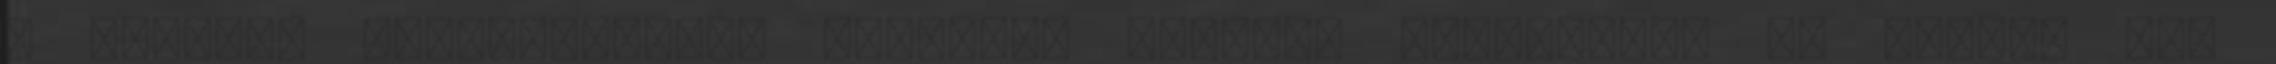
a védelem stabilizálása példának okáért, félreértés ne essék, nem